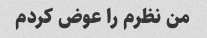
من نظرم را عوض کردم